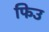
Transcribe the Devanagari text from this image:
फिउ